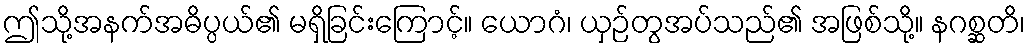
ဤသို့အနက်အဓိပ္ပယ်၏ မရှိခြင်းကြောင့်။ ယောဂံ၊ ယှဉ်တွအပ်သည်၏ အဖြစ်သို့။ နဂစ္ဆတိ၊